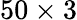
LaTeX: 50\times 3